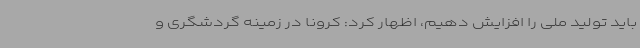
باید تولید ملی را افزایش دهیم، اظهار کرد: کرونا در زمینه گردشگری و